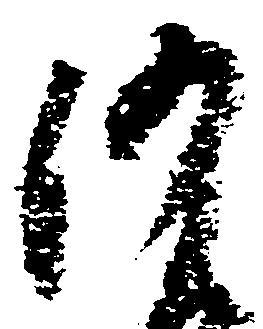
沙